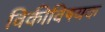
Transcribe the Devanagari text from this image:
विकीविषयक